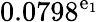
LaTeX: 0.0798^{\mathrm{e}_{1}}